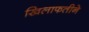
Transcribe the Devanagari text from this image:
खिलाफतीने